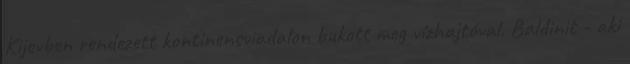
Kijevben rendezett kontinensviadalon bukott meg vízhajtóval. Baldinit - aki